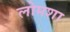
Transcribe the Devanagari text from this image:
लोमशा